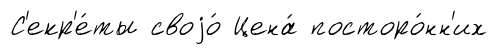
С'екр'е́ты своjо́ Цена́ посторо́нн'их